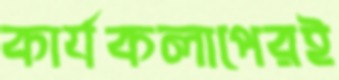
কার্যকলাপেরই